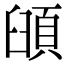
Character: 𩒦